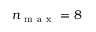
n _ { \mathrm { ~ m ~ a ~ x ~ } } = 8